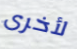
لأخرى